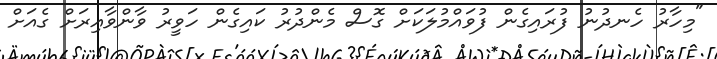
"މިހާރު ހެނދުނު ފުރައިގެން ފުވައްމުލަކަށް ގޮސް މެންދުރު ކައިގެން ހަވީރު ވާންވާއިރަށް ގެއަށް